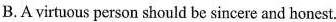
B.Avirtuous person should be sincere and honest.